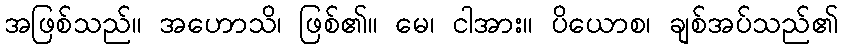
အဖြစ်သည်။ အဟောသိ၊ ဖြစ်၏။ မေ၊ ငါအား။ ပိယောစ၊ ချစ်အပ်သည်၏